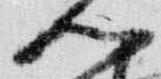
門